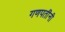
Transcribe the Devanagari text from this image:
गणपतींनी